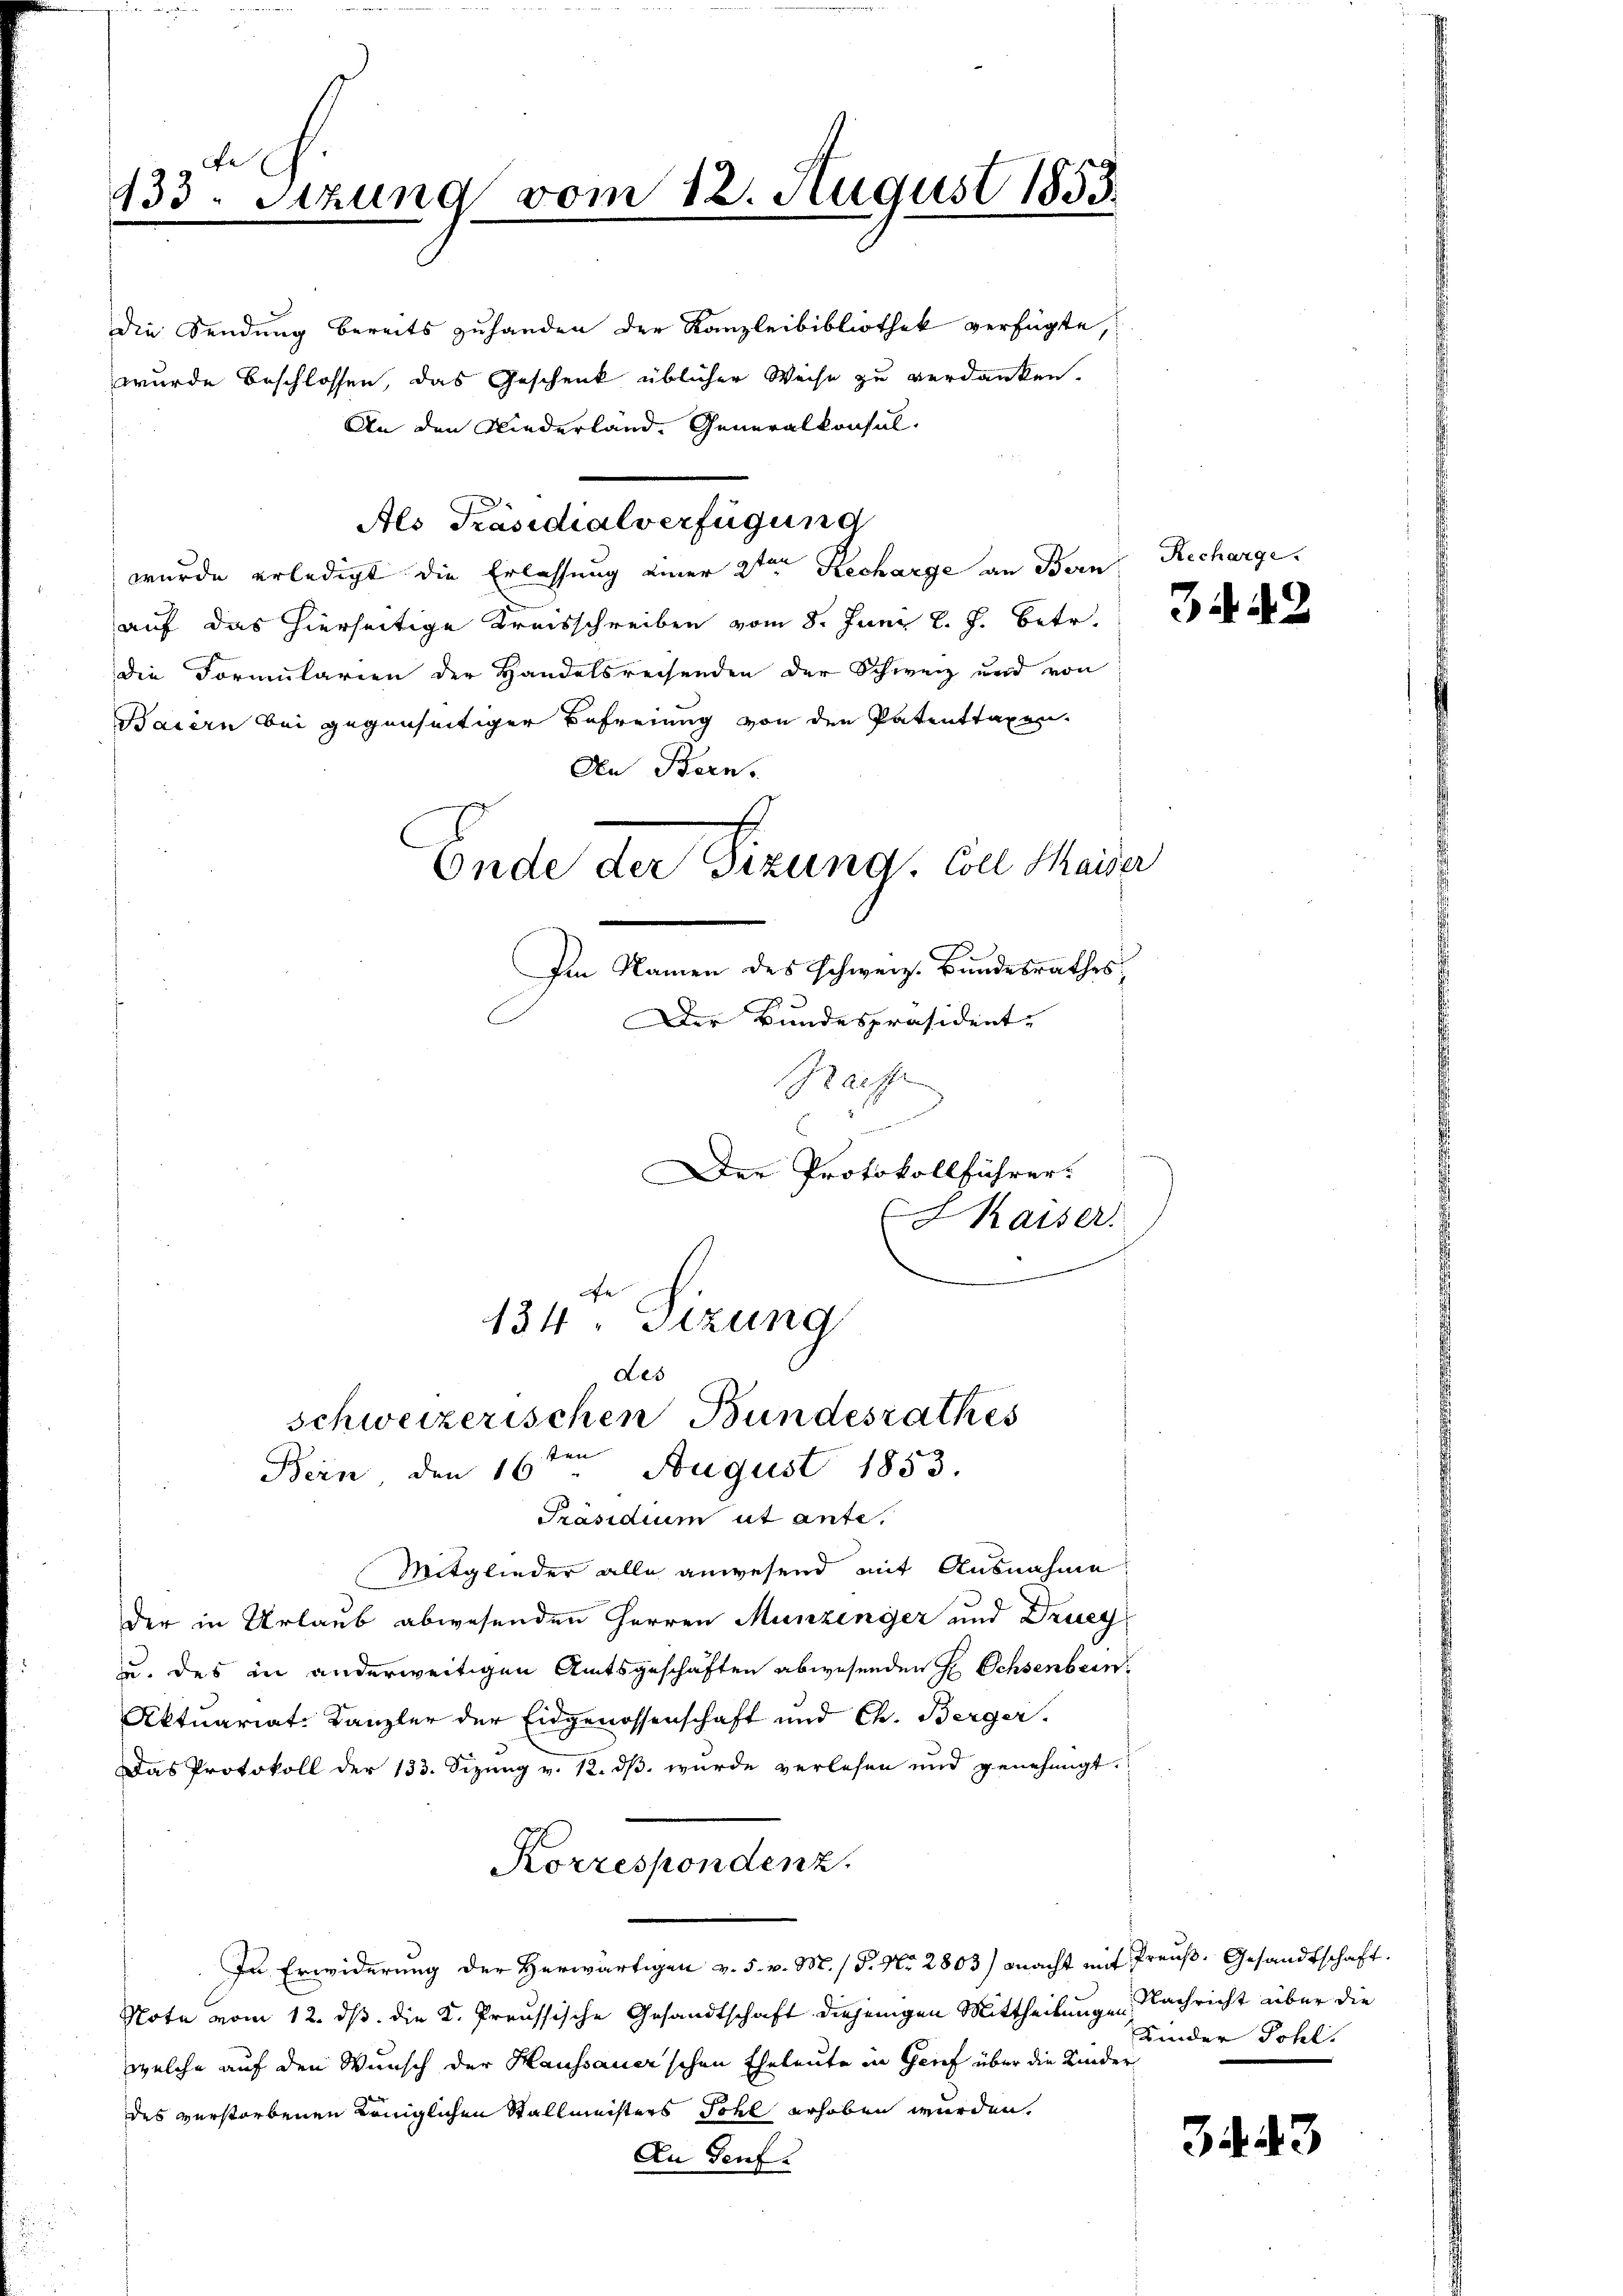
Die Sendung bereits zuhanden der Kanzleibibliothek verfügte,
wurde beschlossen, das Geschenk üblicher Weise zu verdanken.
An den Niederland. Generalkonsul-
Als Präsidialverfügung
wurde erledigt die Erlassung einer 2ten Recharge an Bern
auf das hierseitige Kreisschreiben vom 8. Juni l. J. betr.
die Formularien der Handelsreisenden der Schweiz und von
Baiern bei gegenseitiger Befreiung von den Patenttaxen.
An Bern.
Ende der Sizung. Soll Maiser
Im Namen des schweiz. Bundesrathes,
Der Bundespräsident-
Raiffe

133. Sitzung vom 12. August 1853.

134. Sizung
Les
schweizerischen Bundesrathes
ten
August 1853.
Bein den 16.

Präsidium ut ante,
Mitglieder alle anwesend mit Ausnahme
der in Urlaub abwesenden Herren Munzinger und Druey
u. des in anderweitigen Amtsgeschäften abwesenden H Ochsenbein
Aktuariat-Kanzler der Eidgenossenschaft und Ch. Berger.
Das Protokoll der 133. Sizung v. 12. dβ wurde verlesen und genehmigt.
Korrespondenz.
In Erwiderung der Herwärtigen v. 5. v. M. / P. Nr. 2803) macht mit Preuß. Gesandtschaft.
Note vom 12. ds. die K. Preussische Gesandtschaft diejenigen Mittheilungen Nachricht über die
welche auf den Wunsch der Haussauer’schen Eheleute in Grief über die Kinder
des verstorbenen Kringlichen Stallmeisters Sohl erhoben wurden,
An Genf.

Der Protokollführer.
Kaiser.
e

Recharge

34. 42

Kinder Sohl.

3443